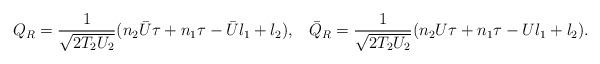
LaTeX: \begin{align*}Q_R = \frac{1}{\sqrt{2 T_2 U_2}}(n_2 {\bar U}\tau+ n_1 \tau - {\bar U} l_1 + l_2),\;\;\;{\bar Q}_R = \frac{1}{\sqrt{2 T_2 U_2}}(n_2 U \tau + n_1 \tau - U l_1 +l_2).\end{align*}